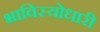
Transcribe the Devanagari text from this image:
भाविस्योधारी